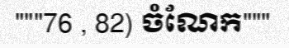
"""76 , 82) ចំណែក"""